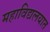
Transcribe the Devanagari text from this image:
महाविद्यलयात